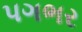
પગભર